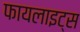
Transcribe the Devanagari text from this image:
फायलाइट्स